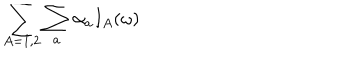
\sum _ { A = 1 , 2 } \sum _ { a } \alpha _ { a } I _ { A } ( \omega )